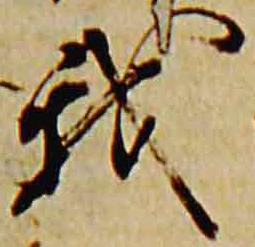
我